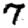
Digit: 7